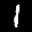
Label: 1